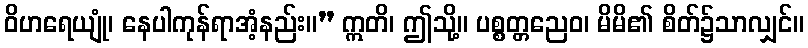
ဝိဟရေယျုံ၊ နေပါကုန်ရာအံ့နည်း။” ဣတိ၊ ဤသို့။ ပစ္စတ္တညေဝ၊ မိမိ၏ စိတ်၌သာလျှင်။